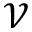
\mathcal { V }